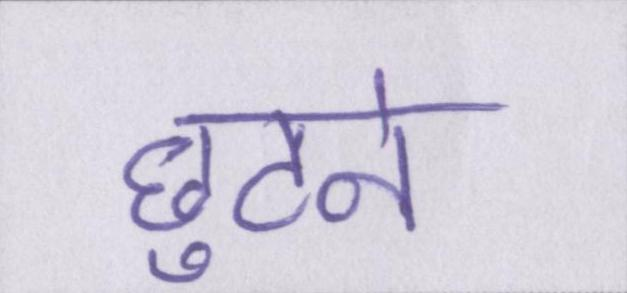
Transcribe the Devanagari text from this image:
छुटने